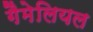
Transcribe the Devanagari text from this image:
गैमेलियल